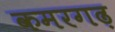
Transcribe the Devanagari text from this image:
कमरगढ़